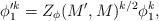
LaTeX: \begin{align*}\phi_1'^k = Z_\phi(M', M)^{k/2} \phi_1^k ,\end{align*}